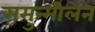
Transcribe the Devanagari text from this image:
समुन्मीलन